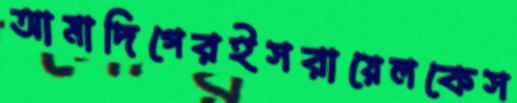
আমাদিগেরইসরায়েলকেস